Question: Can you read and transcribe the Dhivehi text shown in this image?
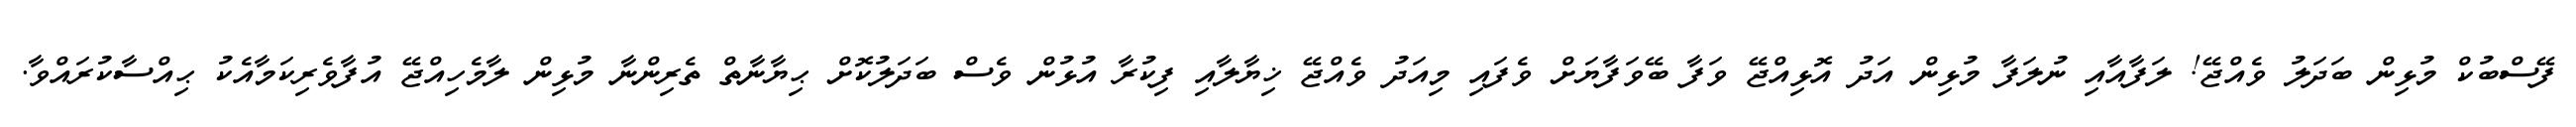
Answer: ފޭސްބުކް މުޅިން ބަދަލު ވެއްޖޭ! ލަފާއާއި ނުލަފާ މުޅިން އަދު އޮޅިއްޖޭ ވަފާ ބޭވަފާޔަށް ވެފައި މިއަދު ވެއްޖޭ ޚިޔާލާއި ފިކުރާ އުޅުން ވެސް ބަދަލުކޮށް ޙިޔާނާތް ތެރިންނާ މުޅިން ލާމެހިއްޖޭ އުފާވެރިކަމާއެކު ޙިއްސާކުރައްވާ.